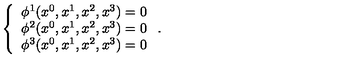
\left\{ \begin{array} { c } { \phi ^ { 1 } ( x ^ { 0 } , x ^ { 1 } , x ^ { 2 } , x ^ { 3 } ) = 0 } \\ { \phi ^ { 2 } ( x ^ { 0 } , x ^ { 1 } , x ^ { 2 } , x ^ { 3 } ) = 0 } \\ { \phi ^ { 3 } ( x ^ { 0 } , x ^ { 1 } , x ^ { 2 } , x ^ { 3 } ) = 0 } \\ \end{array} \right. .